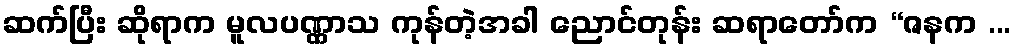
ဆက်ပြီး ဆိုရာက မူလပဏ္ဏာသ ကုန်တဲ့အခါ ညောင်တုန်း ဆရာတော်က “ဇနက ...